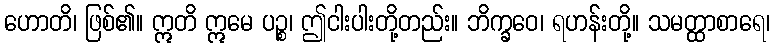
ဟောတိ၊ ဖြစ်၏။ ဣတိ ဣမေ ပဉ္စ၊ ဤငါးပါးတို့တည်း။ ဘိက္ခဝေ၊ ရဟန်းတို့။ သမတ္ထာစာရေ၊